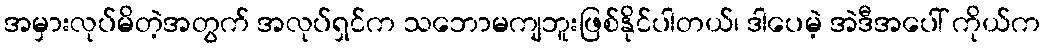
အမှားလုပ်မိတဲ့အတွက် အလုပ်ရှင်က သဘောမကျဘူးဖြစ်နိုင်ပါတယ်၊ ဒါပေမဲ့ အဲဒီအပေါ် ကိုယ်က